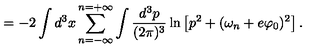
= - 2 \int d ^ { 3 } x \sum _ { n = - \infty } ^ { n = + \infty } \int \frac { d ^ { 3 } p } { ( 2 \pi ) ^ { 3 } } \ln \left[ p ^ { 2 } + ( \omega _ { n } + e \varphi _ { 0 } ) ^ { 2 } \right] .